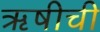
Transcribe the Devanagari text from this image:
ॠषीची